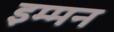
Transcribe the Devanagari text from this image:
इम्मन